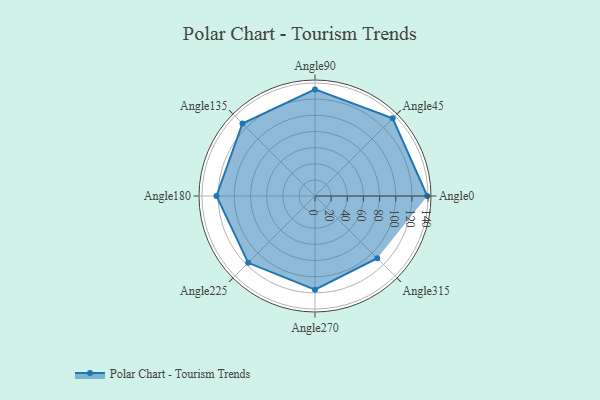
{"axis": {"x": "Angle", "y": "Radius"}, "legend": [""], "data": [{"x": "Angle0", "y": 139.0, "type": ""}, {"x": "Angle45", "y": 136.0, "type": ""}, {"x": "Angle90", "y": 132.0, "type": ""}, {"x": "Angle135", "y": 127.0, "type": ""}, {"x": "Angle180", "y": 122.0, "type": ""}, {"x": "Angle225", "y": 117.0, "type": ""}, {"x": "Angle270", "y": 116.0, "type": ""}, {"x": "Angle315", "y": 109.0, "type": ""}]}